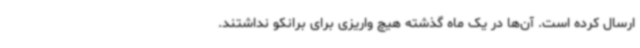
ارسال کرده است. آن‌ها در یک ماه گذشته هیچ واریزی برای برانکو نداشتند.